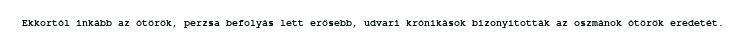
Ekkortól inkább az ótörök, perzsa befolyás lett erősebb, udvari krónikások bizonyították az oszmánok ótörök eredetét.